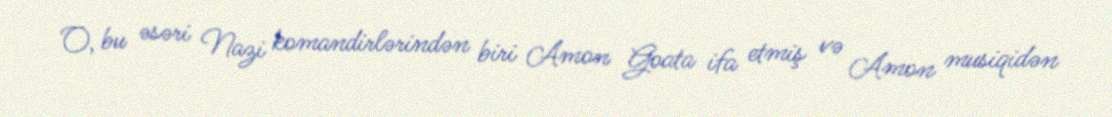
O, bu əsəri Nazi komandirlərindən biri Amon Goata ifa etmiş və Amon musiqidən